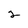
Character: 2